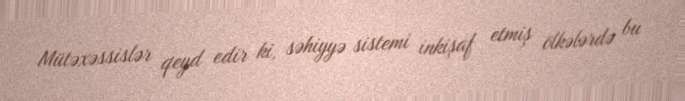
Mütəxəssislər qeyd edir ki, səhiyyə sistemi inkişaf etmiş ölkələrdə bu